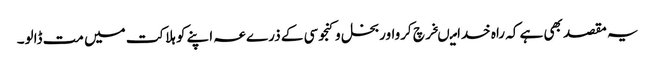
یہ مقصد بھی ہے کہ راہ خدامیںخرچ کرواوربخل وکنجوسی کے ذرےعہ اپنے کو ہلاکت میں مت ڈالو۔